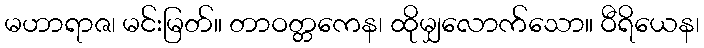
မဟာရာဇ၊ မင်းမြတ်။ တာဝတ္တကေန၊ ထိုမျှလောက်သော။ ဝီရိယေန၊